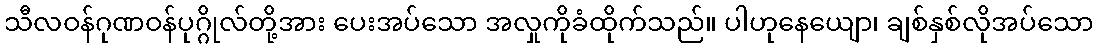
သီလဝန်ဂုဏဝန်ပုဂ္ဂိုလ်တို့အား ပေးအပ်သော အလှုကိုခံထိုက်သည်။ ပါဟုနေယျော၊ ချစ်နှစ်လိုအပ်သော